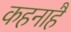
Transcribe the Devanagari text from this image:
कहनाहै